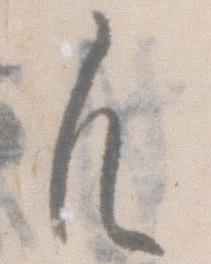
凡